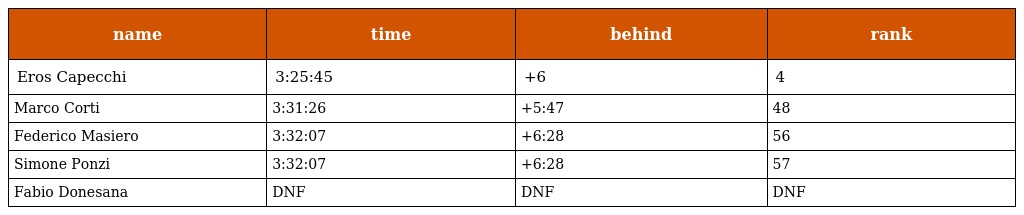
| name | time | behind | rank |
 | --- | --- | --- | --- |
 | Eros Capecchi | 3:25:45 | +6 | 4 |
 | Marco Corti | 3:31:26 | +5:47 | 48 |
 | Federico Masiero | 3:32:07 | +6:28 | 56 |
 | Simone Ponzi | 3:32:07 | +6:28 | 57 |
 | Fabio Donesana | DNF | DNF | DNF |